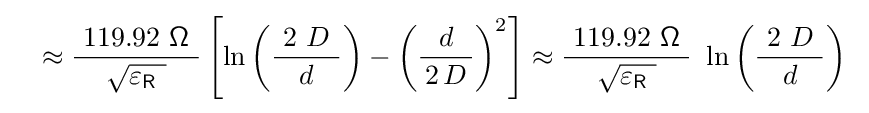
\quad \approx {\frac {\ 119.92\ {\mathsf {\Omega }}\ }{\sqrt {\varepsilon _{\mathsf {R}}\ }}}\left[\ln \left({\frac {\ 2\ D\ }{d}}\right)-\left({\frac {d}{\,2\,D\,}}\right)^{2}\right]\approx {\frac {\ 119.92\ {\mathsf {\Omega }}\ }{\sqrt {\varepsilon _{\mathsf {R}}\ }}}\ \ln \left({\frac {\ 2\ D\ }{d}}\right)~